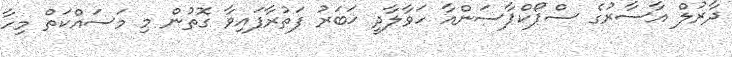
ދާރުލް އާސާރުގެ ސްޕޯކްޕާސަންއާ ހަވާލާދީ ޚަބަރު ފަތުރާފައިވާ ގޮތުން މި މަސައްކަތް މިހާ